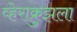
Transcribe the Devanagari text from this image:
व्हेराक्रुझला